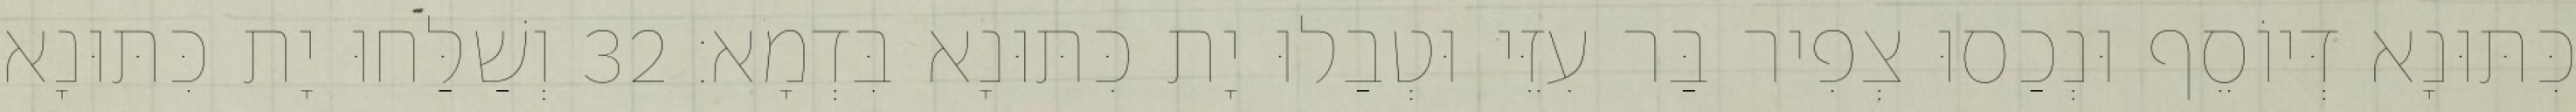
כִּתּוּנָא דְּיוֹסֵף וּנְכַסוּ צְפִיר בַּר עִזֵּי וּטְבַלוּ יָת כִּתּוּנָא בִּדְמָא׃ 32 וְשַׁלַּחוּ יָת כִּתּוּנָא